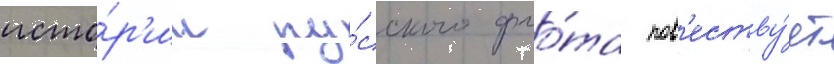
исто́р'ии ру́сского фло́та пов'еству́ет